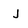
Character: j